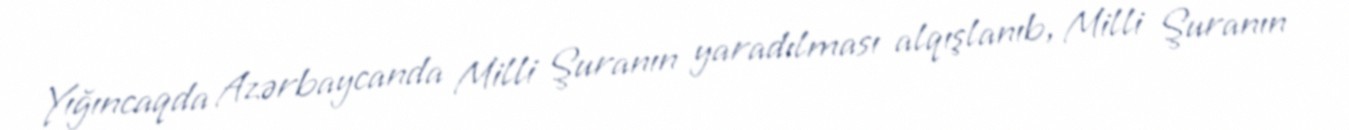
Yığıncaqda Azərbaycanda Milli Şuranın yaradılması alqışlanıb, Milli Şuranın